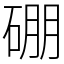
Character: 硼